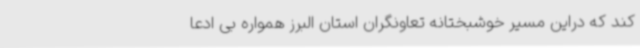
کند که دراین مسیر خوشبختانه تعاونگران استان البرز همواره بی ادعا